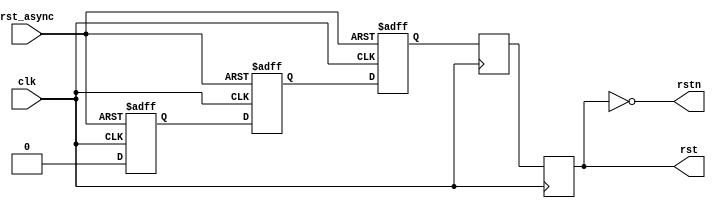
// ***************************************************************************
// ***************************************************************************
// Copyright (C) 2014-2023 Analog Devices, Inc. All rights reserved.
//
// In this HDL repository, there are many different and unique modules, consisting
// of various HDL (Verilog or VHDL) components. The individual modules are
// developed independently, and may be accompanied by separate and unique license
// terms.
//
// The user should read each of these license terms, and understand the
// freedoms and responsibilities that he or she has by using this source/core.
//
// This core is distributed in the hope that it will be useful, but WITHOUT ANY
// WARRANTY; without even the implied warranty of MERCHANTABILITY or FITNESS FOR
// A PARTICULAR PURPOSE.
//
// Redistribution and use of source or resulting binaries, with or without modification
// of this file, are permitted under one of the following two license terms:
//
//   1. The GNU General Public License version 2 as published by the
//      Free Software Foundation, which can be found in the top level directory
//      of this repository (LICENSE_GPL2), and also online at:
//      <https://www.gnu.org/licenses/old-licenses/gpl-2.0.html>
//
// OR
//
//   2. An ADI specific BSD license, which can be found in the top level directory
//      of this repository (LICENSE_ADIBSD), and also on-line at:
//      https://github.com/analogdevicesinc/hdl/blob/main/LICENSE_ADIBSD
//      This will allow to generate bit files and not release the source code,
//      as long as it attaches to an ADI device.
//
// ***************************************************************************
// ***************************************************************************

`timescale 1ns/100ps

module ad_rst (

  // clock reset

  input                   rst_async,
  input                   clk,
  output                  rstn,
  output  reg             rst
);

  // internal registers
  reg             rst_async_d1 = 1'd1;
  reg             rst_async_d2 = 1'd1;
  reg             rst_sync = 1'd1;
  reg             rst_sync_d = 1'd1;

  // simple reset synchronizer
  always @(posedge clk or posedge rst_async) begin
    if (rst_async) begin
      rst_async_d1 <= 1'b1;
      rst_async_d2 <= 1'b1;
      rst_sync <= 1'b1;
    end else begin
      rst_async_d1 <= 1'b0;
      rst_async_d2 <= rst_async_d1;
      rst_sync <= rst_async_d2;
    end
  end

  // two-stage synchronizer to prevent metastability on the falling edge
  always @(posedge clk) begin
    rst_sync_d <= rst_sync;
    rst <= rst_sync_d;
  end

  assign rstn = ~rst;

endmodule